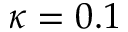
\kappa = 0 . 1